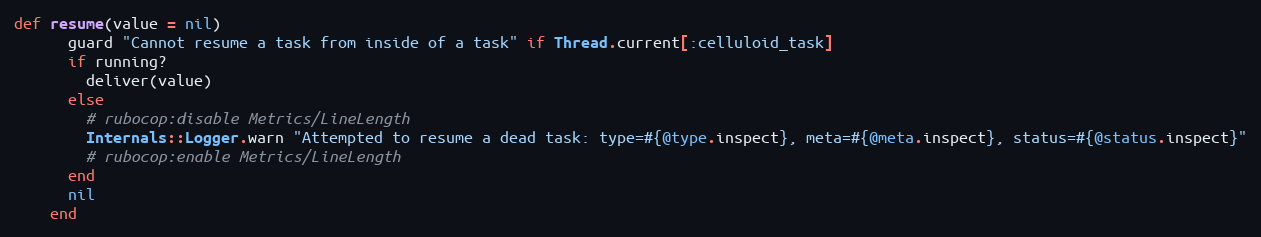
Language: Ruby
def resume(value = nil)
      guard "Cannot resume a task from inside of a task" if Thread.current[:celluloid_task]
      if running?
        deliver(value)
      else
        # rubocop:disable Metrics/LineLength
        Internals::Logger.warn "Attempted to resume a dead task: type=#{@type.inspect}, meta=#{@meta.inspect}, status=#{@status.inspect}"
        # rubocop:enable Metrics/LineLength
      end
      nil
    end